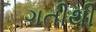
ગતીથી